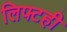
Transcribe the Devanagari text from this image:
लिफ्टही